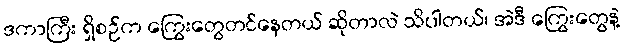
ဒကာကြီး ရှိစဉ်က ကြွေးတွေတင်နေတယ် ဆိုတာလဲ သိပါတယ်၊ အဲဒီ ကြွေးတွေနဲ့